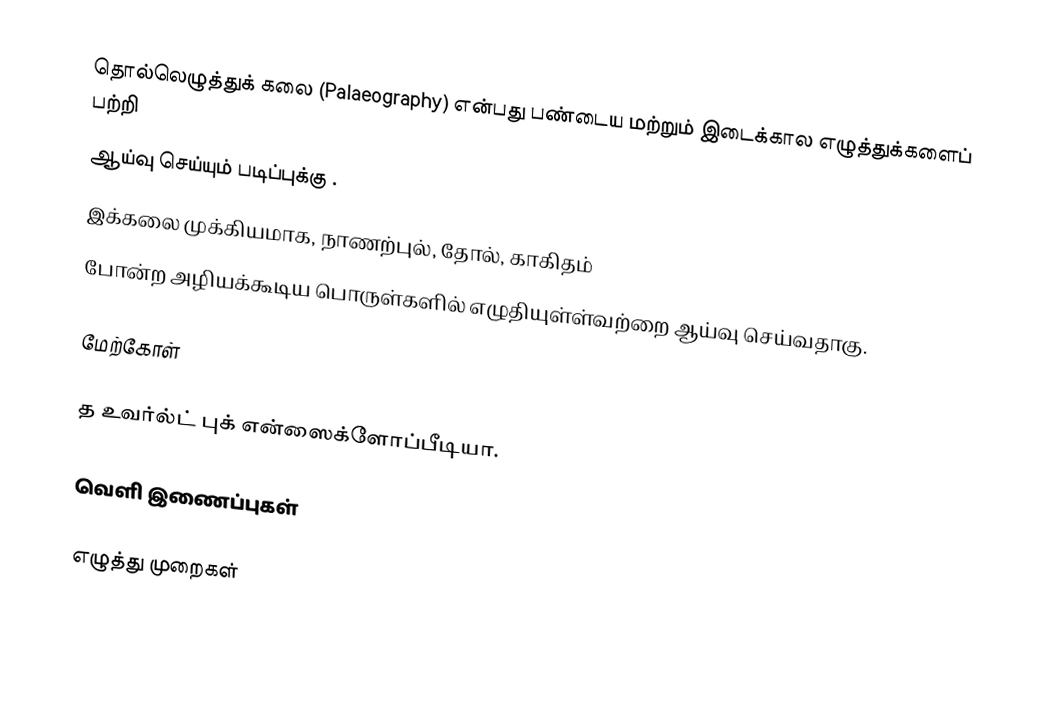
தொல்லெழுத்துக் கலை (Palaeography) என்பது பண்டைய மற்றும் இடைக்கால எழுத்துக்களைப் பற்றி
ஆய்வு செய்யும் படிப்புக்கு .
இக்கலை முக்கியமாக, நாணற்புல், தோல், காகிதம்
போன்ற அழியக்கூடிய பொருள்களில் எழுதியுள்ள்வற்றை ஆய்வு செய்வதாகு.

மேற்கோள்

த உவர்ல்ட் புக் என்ஸைக்ளோப்பீடியா.

வெளி இணைப்புகள்

எழுத்து முறைகள்